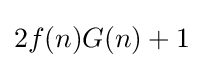
2f(n)G(n)+1